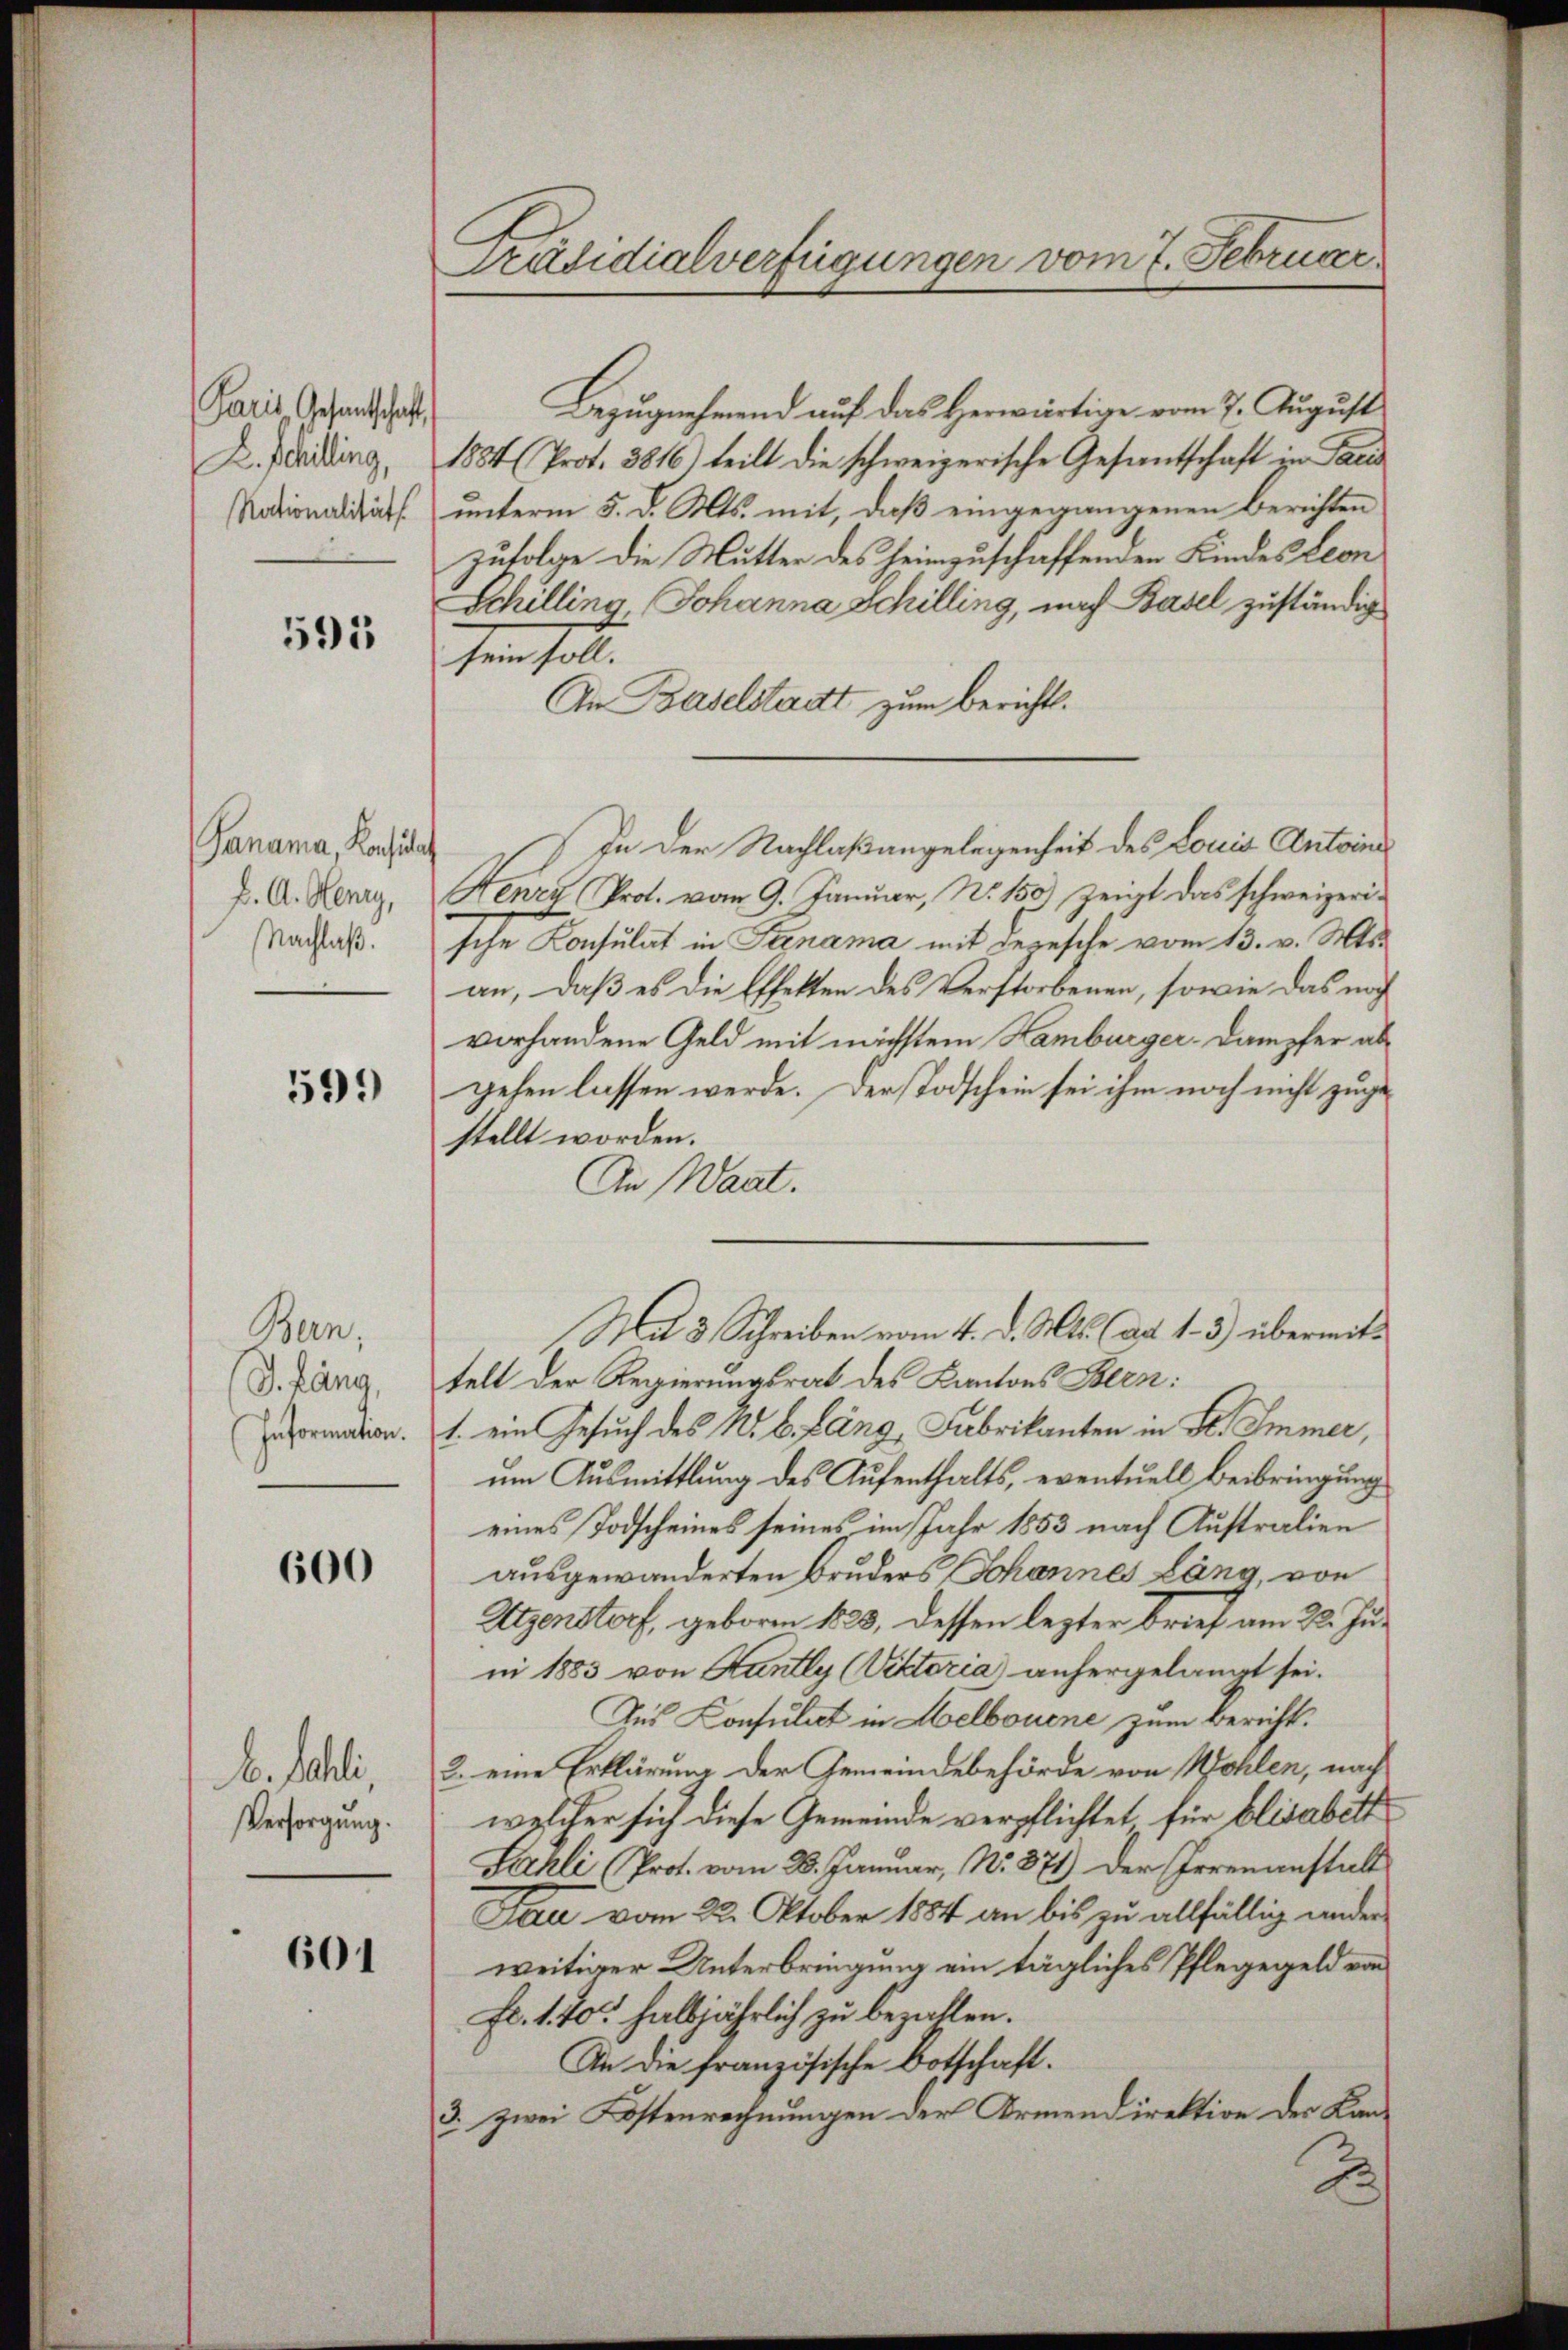
Paris, Gesantschaft
D. Schilling,
Nationalität

595

Panama Konsulat
D. A. Henry,
Nachlaß.

599

Bern,
J. Lang,
Information.

600

E. Falli,
Versorgung.

601

Präsidialverfügungen vom 7. Februar.

Bezugnehmend auf das Herwärtige vom 7. August
1884 (Prot. 3816) teilt die schweizerische Gesantschaft in Paris
unterm 5. d. Mts. mit, daß eingegangenen Berichten
zufolge die Mutter des heimzuschaffenden Kindes Leon
Schilling, Johanna Schilling, nach Basel zuständig
tein soll.
An Baselstadt zum Berichts¬
 In der Nachlaßangelegenheit des Louis Antoine
Henze Prof. vom 9. Januar, N. 159) zeigt das schweizerische Konsulat in Stenama mit Depesche vom 13. v. Mts.
an, daß es die Effekten des Verstorbenen, sowie das noch
vorhandene Geld mit nächstem Hamburger-Dampfer abgehen lassen werde. Der Todschein sei ihm noch nicht zugestellt worden.
An Waat.
Mat 3 Schreiben vom 4. d. Mts. (ad 1.- 3) übermittelt der Regierungsrat des Kantons Bern:
1. ein Gesuch des K. B. Lang, Fabrikanten in St. Immer,
um Ausmittlung des Aufenthalts, eventuell Beibringung
eines Todscheines seines im Jahr 1853 nach Australien
ausgewanderten Bruders Johannes Lang, von
Utzenstorf, geboren 1823, dessen lezter Brief am 22. Junn 1883 von Kantly (Viktoria) anhergelangt sei.
Aus Konsulat in Melbouene zum Bericht.
2. eine Erklärung der Gemeindebehörde von Wohlen, nach
welcher sich diese Gemeinde verpflichtet für blisabett
Sarli (Prot. vom 2. Januar, No. 871) Der Irrenanstalt
Sau vom 22. Oktober 1884 an bis zu allfällig wider
weitiger Unterbringung ein tägliches Pflegegeld von
Fr. 1. 10 halbjährlich zu bezahlen.
An die französische Botschaft.
3. zwei Kostenrechnungen der Armendirektion der Kan-
B